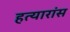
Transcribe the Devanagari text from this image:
हत्यारांस